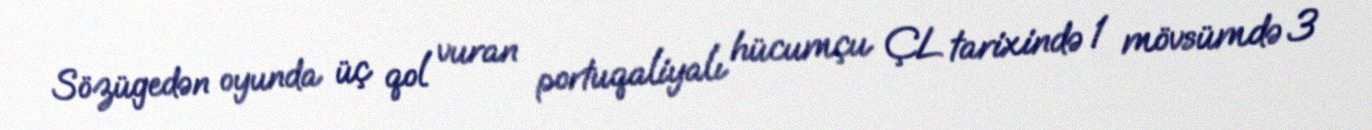
Sözügedən oyunda üç qol vuran portuqaliyalı hücumçu ÇL tarixində 1 mövsümdə 3